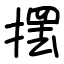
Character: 摆